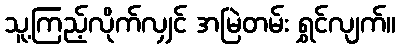
သူ့ကြည့်လိုက်လျှင် အမြဲတမ်း ရွှင်လျက်။